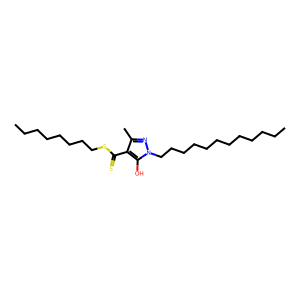
SMILES: CCCCCCCCCCCCn1nc(C)c(C(=S)SCCCCCCCC)c1O
Inhibits HIV replication: No